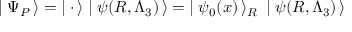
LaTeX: \mid \Psi _ { P } \, \rangle = \; \mid { \bf \cdot } \, \rangle \mid \psi ( R , \Lambda _ { 3 } ) \, \rangle = \; \mid \psi _ { 0 } ( x ) \, \rangle _ { R } \: \mid \psi ( R , \Lambda _ { 3 } ) \, \rangle